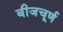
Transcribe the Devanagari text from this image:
बीजचूर्ण